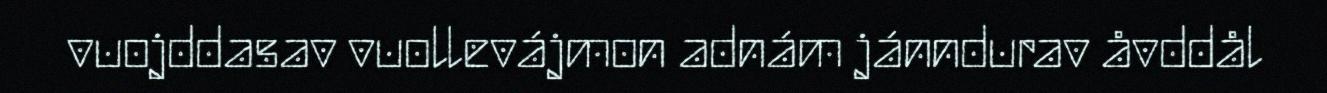
vuojddasav vuollevájmon adnám jánndurav åvddål